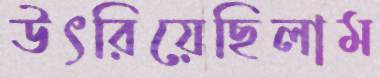
উৎরিয়েছিলাম